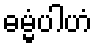
ဓမ္မံပါဟံ